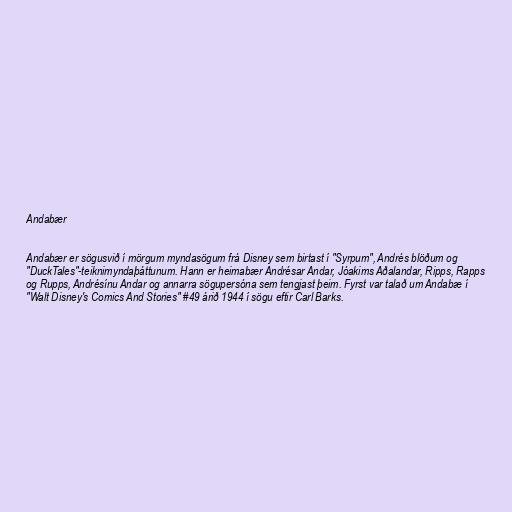
Andabær

Andabær er sögusvið í mörgum myndasögum frá Disney sem birtast í "Syrpum", Andrés blöðum og
"DuckTales"-teiknimyndaþáttunum. Hann er heimabær Andrésar Andar, Jóakims Aðalandar, Ripps, Rapps
og Rupps, Andrésínu Andar og annarra sögupersóna sem tengjast þeim. Fyrst var talað um Andabæ í
"Walt Disney's Comics And Stories" #49 árið 1944 í sögu eftir Carl Barks.